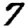
Digit: 7